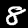
Label: 8